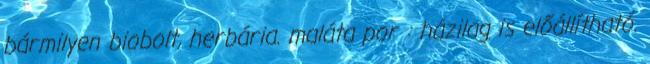
bármilyen biobolt, herbária. maláta por : házilag is előállítható.